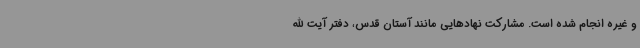
و غیره انجام شده است. مشارکت نهادهایی مانند آستان قدس، دفتر آیت الله